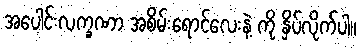
အပေါင်းလက္ခဏာ အစိမ်းရောင်လေးနဲ့ ကို နှိပ်လိုက်ပါ။